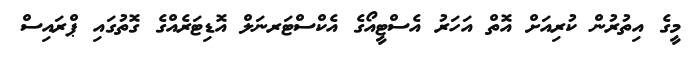
މީގެ އިތުރުން ކުރިއަށް އޮތް އަހަރު އެސްޓީއޯގެ އެކްސްޓަރނަލް އޮޑިޓަރެއްގެ ގޮތުގައި ޕްރައިސް